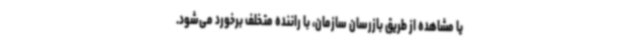
یا مشاهده از طریق بازرسان سازمان، با راننده متخلف برخورد می‌شود.